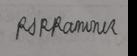
Signature authenticity: genuine